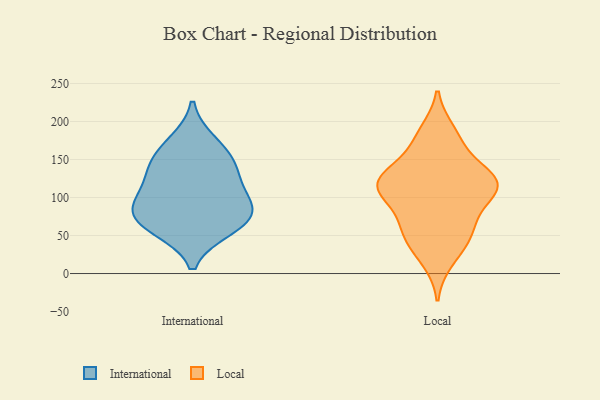
{"axis": {"x": "Revenue (USD Million)", "y": "Value"}, "legend": ["International", "Local"], "data": [{"x": "", "y": 173, "type": "International"}, {"x": "", "y": 154, "type": "International"}, {"x": "", "y": 92, "type": "International"}, {"x": "", "y": 78, "type": "International"}, {"x": "", "y": 138, "type": "International"}, {"x": "", "y": 63, "type": "International"}, {"x": "", "y": 129, "type": "International"}, {"x": "", "y": 79, "type": "International"}, {"x": "", "y": 59, "type": "International"}, {"x": "", "y": 104, "type": "International"}, {"x": "", "y": 116, "type": "Local"}, {"x": "", "y": 115, "type": "Local"}, {"x": "", "y": 122, "type": "Local"}, {"x": "", "y": 187, "type": "Local"}, {"x": "", "y": 109, "type": "Local"}, {"x": "", "y": 117, "type": "Local"}, {"x": "", "y": 45, "type": "Local"}, {"x": "", "y": 17, "type": "Local"}, {"x": "", "y": 158, "type": "Local"}, {"x": "", "y": 109, "type": "Local"}, {"x": "", "y": 42, "type": "Local"}, {"x": "", "y": 179, "type": "Local"}, {"x": "", "y": 127, "type": "Local"}, {"x": "", "y": 130, "type": "Local"}, {"x": "", "y": 77, "type": "Local"}, {"x": "", "y": 57, "type": "Local"}, {"x": "", "y": 73, "type": "Local"}]}